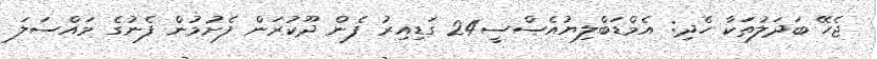
ޖެހޭ ބަދަލުތަކާ ހެދި: އެމްޑަބްލިޔުއެސްސީ24 ގަޑިއިރު ފެން ދޫކުރަން ފެށުމުން ފެނުގެ މައްސަލަ